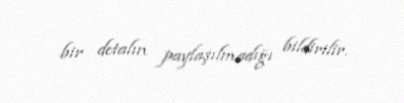
bir detalın paylaşılmadığı bildirilir.